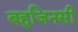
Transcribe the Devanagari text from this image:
बहुजिनसी